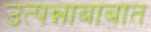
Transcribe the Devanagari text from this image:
उत्पन्नाबाबात